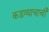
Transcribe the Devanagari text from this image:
कडव्याचाची